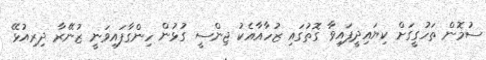
ސުމޮން ތަހުގީގަށް ކިޔައިދީފައިވާ ގޮތުގައި ޒުހާއާއެކު ޖިންސީ ގުޅުން ހިންގާފައިވަނީ ޒުނޭރާ ދިރިއުޅޭ